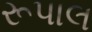
રૂપાલ